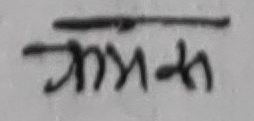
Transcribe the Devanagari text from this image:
क्रमश